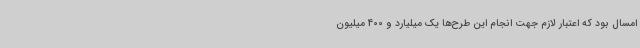
امسال بود که اعتبار لازم جهت انجام این طرح‌ها یک میلیارد و 400 میلیون